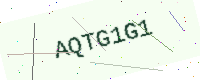
Text: AQTG1G1